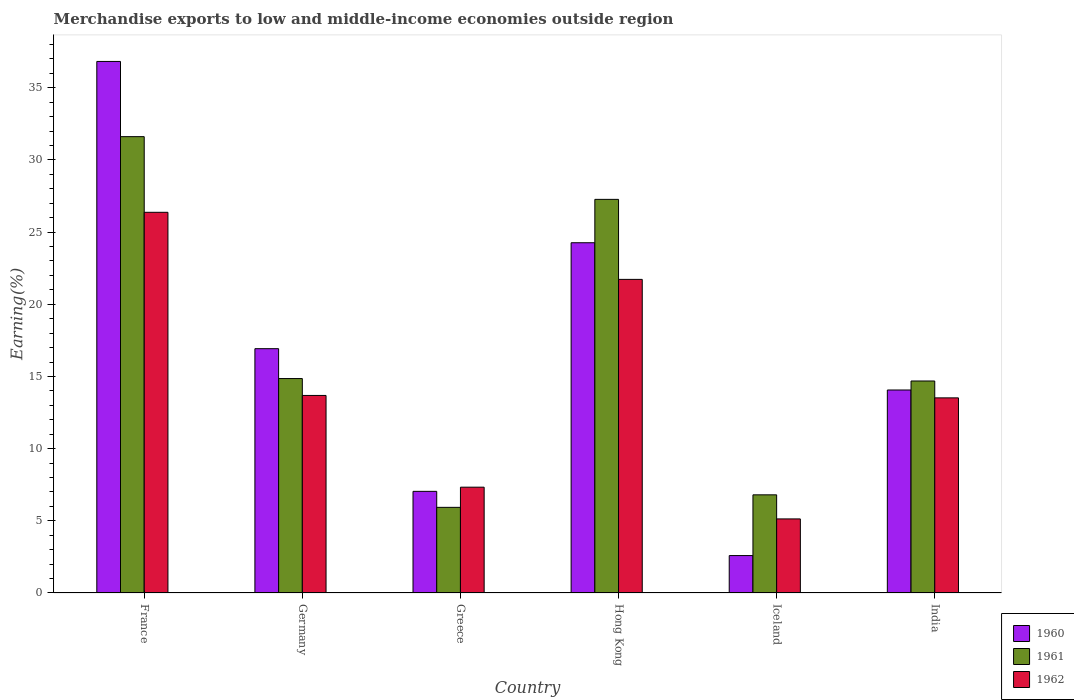
| Country | 1960 | 1961 | 1962 |
 | --- | --- | --- | --- |
 | France | 36.8 | 31.6 | 26.4 |
 | Germany | 16.9 | 14.9 | 13.7 |
 | Greece | 7.04 | 5.93 | 7.33 |
 | Hong Kong | 24.3 | 27.3 | 21.7 |
 | Iceland | 2.59 | 6.8 | 5.13 |
 | India | 14.1 | 14.7 | 13.5 |